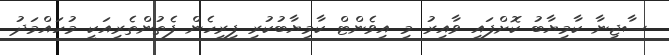
ސާޖިނާ ކާމިޔާބު ކޮށްފައި ވާއިރު މި އިވެންޓް ކާމިޔާބުކުރި ފިރިހެން ފެތުންތެރިއަކީ މުހައްމަދު